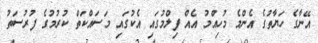
އޭނާގެ ހަޔާތުގެ އެންމެ މުހިއްމު އެއް ފިލްމުގައި އެކުގައި މަސައްކަތް ކުރުމުގެ ފުރުސަތު